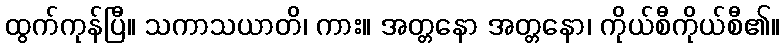
ထွက်ကုန်ပြီ။ သကာသယာတိ၊ ကား။ အတ္တနော အတ္တနော၊ ကိုယ်စီကိုယ်စီ၏။